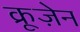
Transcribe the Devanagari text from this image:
क्रूज़ेन